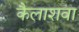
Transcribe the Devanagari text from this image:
कैलाशवा